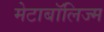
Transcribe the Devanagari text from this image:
मेटाबॉलिज्म